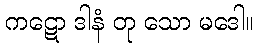
ကဋော ဒါနံ တု သော မဒေါ။